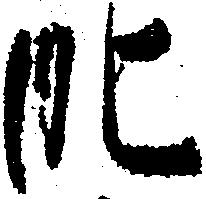
肥